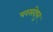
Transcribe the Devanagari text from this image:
परसदेपुर